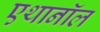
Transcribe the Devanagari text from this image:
एथानॉल